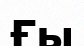
Ғы